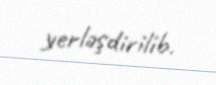
yerləşdirilib.